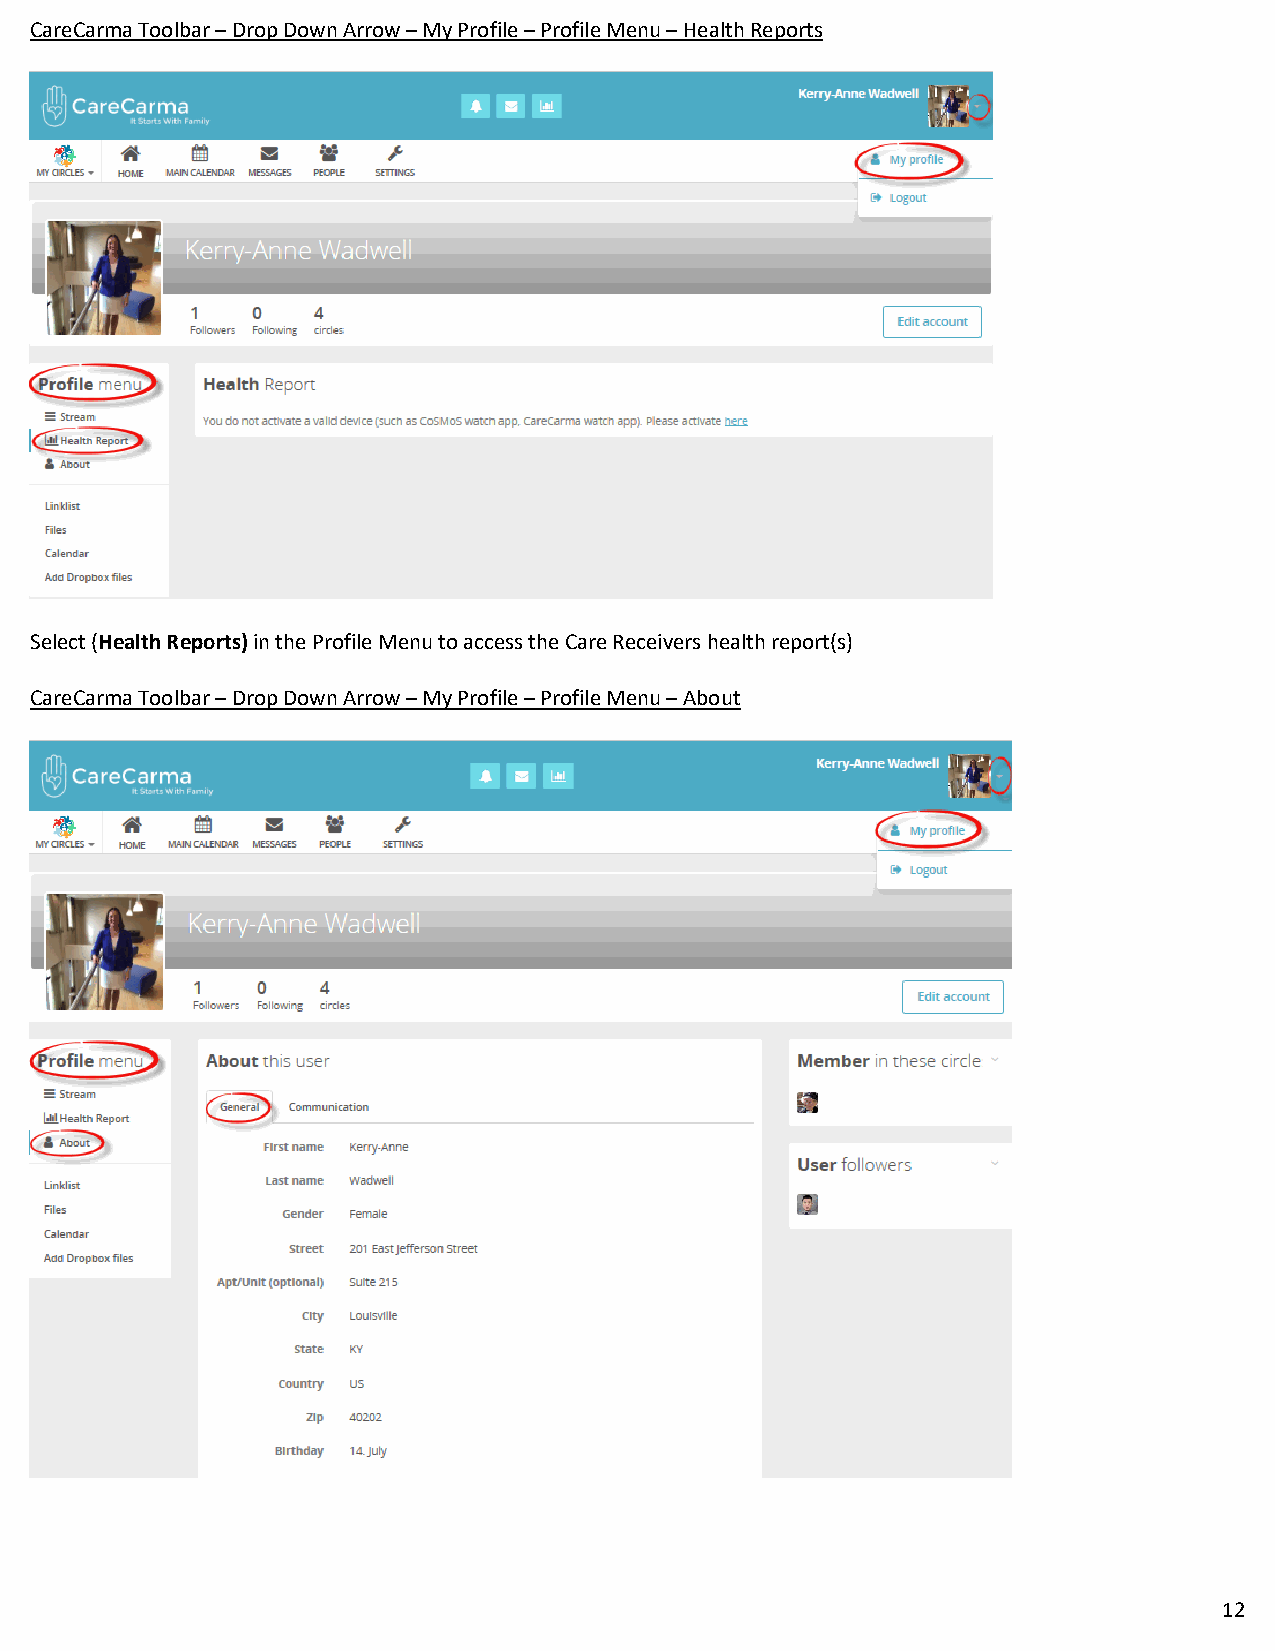
CareCarma Toolbar – Drop Down Arrow – My Profile – Profile Menu – Health Reports
 Select (Health Reports) in the Profile Menu to access the Care Receivers health report(s)
 CareCarma Toolbar – Drop Down Arrow – My Profile – Profile Menu – About
 12